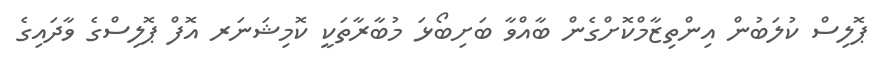
ޕޮލިސް ކުލަބުން އިންތިޒާމްކޮށްގެން ބާއްވާ ބަށިބޯޅަ މުބާރާތަކީ ކޮމިޝަނަރ އޮފް ޕޮލިސްގެ ވާދައިގެ